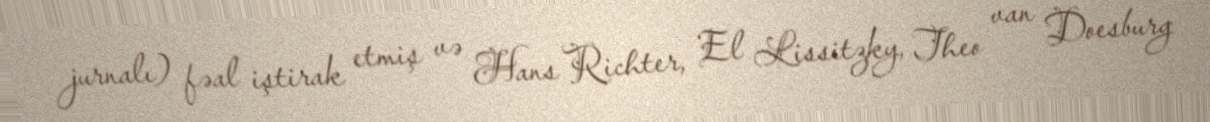
jurnalı) fəal iştirak etmiş və Hans Richter, El Lissitzky, Theo van Doesburg